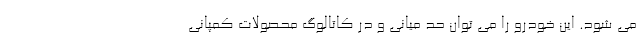
می شود. این خودرو را می توان حد میانی و در کاتالوگ محصولات کمپانی